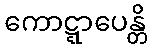
ကောဋ္ဋာပေန္တိ